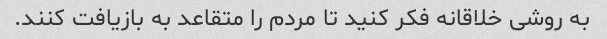
به روشی خلاقانه فکر کنید تا مردم را متقاعد به بازیافت کنند.